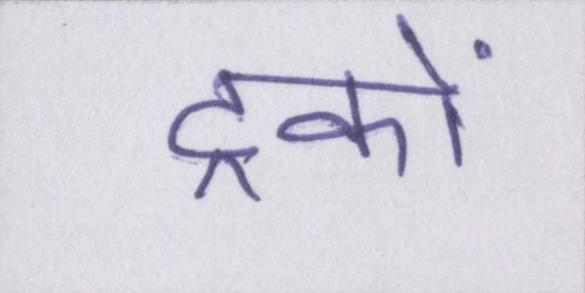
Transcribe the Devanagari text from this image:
ट्रकों